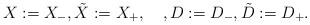
LaTeX: \begin{align*}X:=X_-, \tilde X:=X_+, \quad, D:=D_-, \tilde D:=D_+. \end{align*}